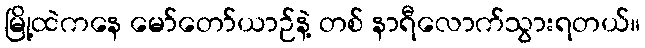
မြို့ထဲကနေ မော်တော်ယာဉ်နဲ့ တစ် နာရီလောက်သွားရတယ်။